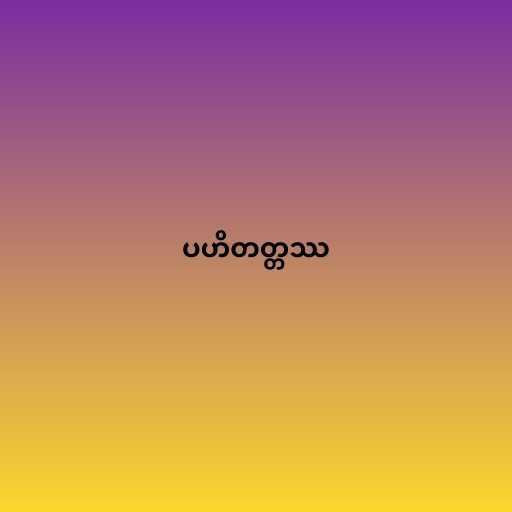
ပဟိတတ္တဿ